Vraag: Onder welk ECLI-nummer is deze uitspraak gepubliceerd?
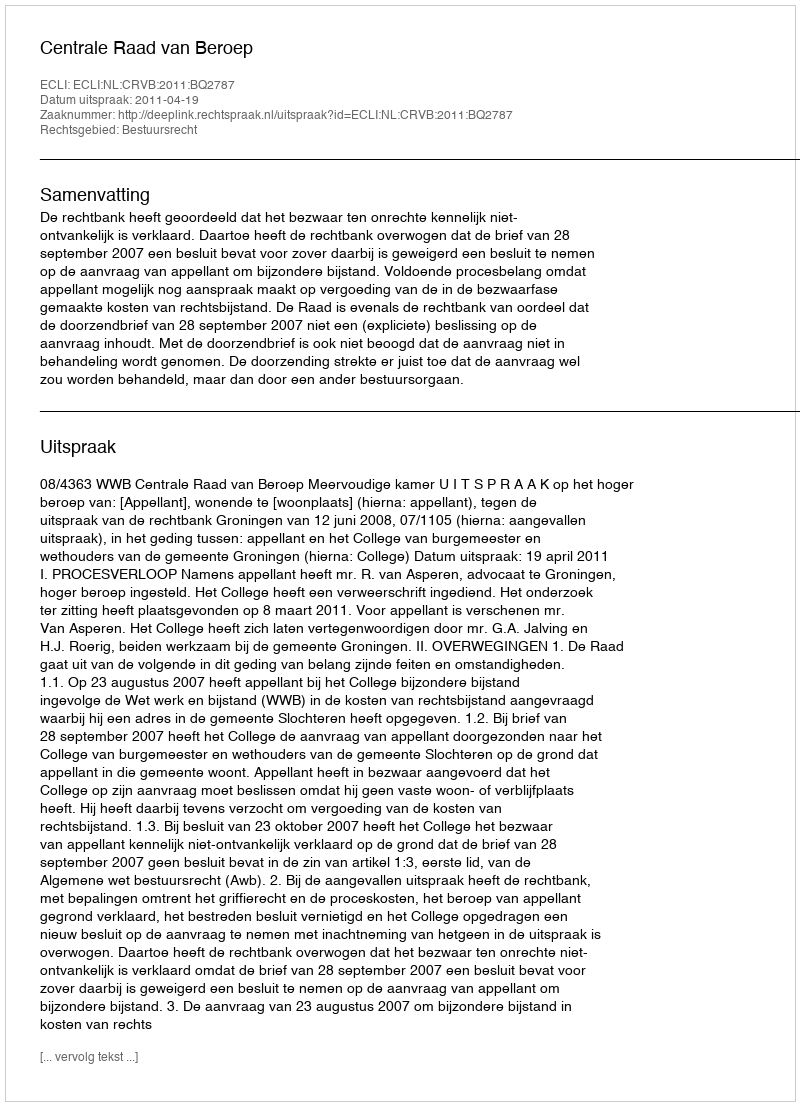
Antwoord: ECLI:NL:CRVB:2011:BQ2787